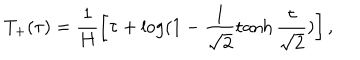
LaTeX: T _ { + } ( \tau ) = \frac { 1 } { H } \left[ \tau + \log ( 1 - \frac { 1 } { \sqrt { 2 } } \tanh \frac { \tau } { \sqrt { 2 } } ) \right] ,